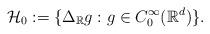
LaTeX: \begin{align*}\mathcal{H}_0 := \{\Delta_\mathbb{R} g : g \in C^\infty_0(\mathbb{R}^d) \}.\end{align*}